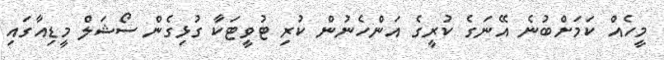
މީހެއް ކަމަށްބުނެ އޭނަގެ ކުރީގެ އަންހެނުން ކުރި ޓުވީޓަކާ ގުޅިގެން ސޯޝަލް މީޑިއާގައި